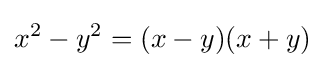
x^{2}-y^{2}=(x-y)(x+y)